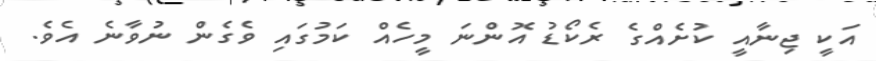
އަކީ ޖިނާއީ ކުށެއްގެ ރެކޯޑު އޮންނަ މީހެއް ކަމުގައި ވެގެން ނުވާނެ އެވެ.